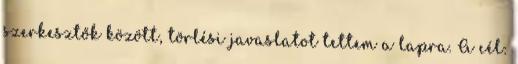
szerkesztők között, törlési javaslatot tettem a lapra. A cél: